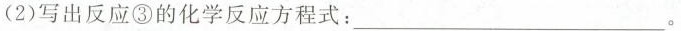
(2)写出反应③的化学反应方程式：___。